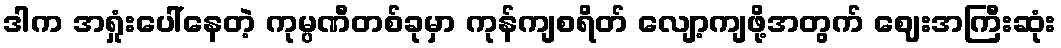
ဒါက အရှုံးပေါ်နေတဲ့ ကုမ္ပဏီတစ်ခုမှာ ကုန်ကျစရိတ် လျော့ကျဖို့အတွက် ဈေးအကြီးဆုံး